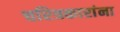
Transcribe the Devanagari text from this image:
चरित्रकारांना